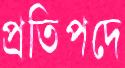
প্রতিপদে